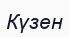
Күзен